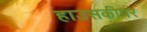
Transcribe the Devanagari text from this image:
हाउसकीपर